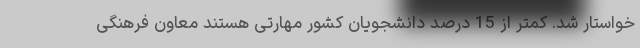
خواستار شد. کمتر از 15 درصد دانشجویان کشور مهارتی هستند معاون فرهنگی